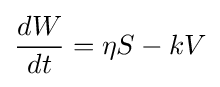
{\frac {dW}{dt}}=\eta S-kV